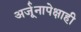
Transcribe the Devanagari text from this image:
अर्जूनापेक्षाही